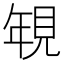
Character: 𮗐